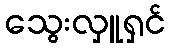
သွေးလှူရှင်